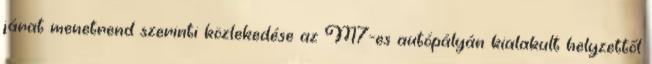
járat menetrend szerinti közlekedése az M7-es autópályán kialakult helyzettől